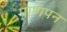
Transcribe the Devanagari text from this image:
प्राणपन